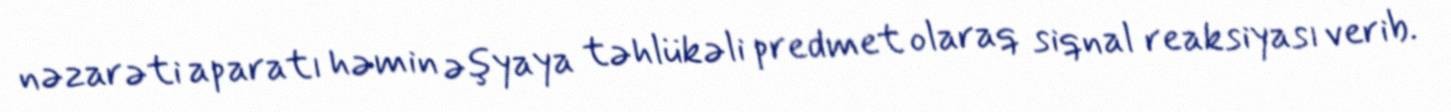
nəzarəti aparatı həmin əşyaya təhlükəli predmet olaraq siqnal reaksiyası verib.